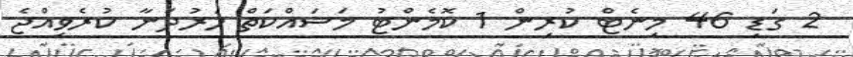
2 ގަޑި 46 މިނެޓް ކުރިން 1 ކޮމެންޓު މަސައްކަތް ހަރުދަނާ ކުރެވިއްޖެ